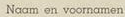
Naam en voornamen